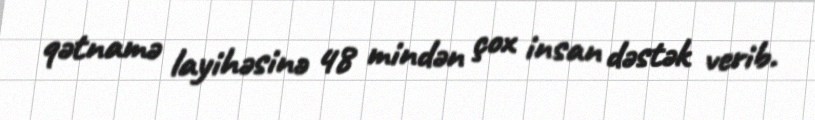
qətnamə layihəsinə 48 mindən çox insan dəstək verib.